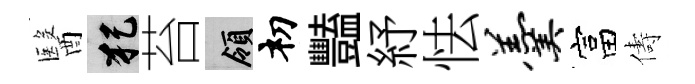
醫犯苔領𥘉豔紓怯羹富儔